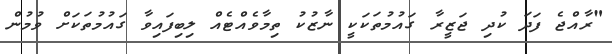
"ރާއްޖެ ފަދަ ކުދި ޖަޒީރާ ގައުމުތަކަކީ ނާޒުކު ތިމާވެއްޓެއް ލިބިފައިވާ ގައުމުތަކަށް ވުމުން